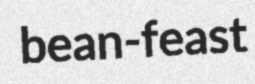
bean-feast